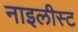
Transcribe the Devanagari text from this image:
नाइलीस्ट